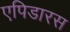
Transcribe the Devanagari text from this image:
एपिडारस